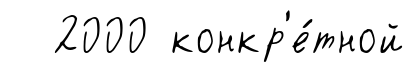
2000 конкр'е́тной